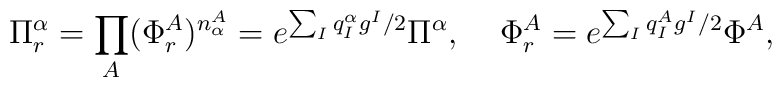
\Pi_r^\alpha = \prod_A(\Phi_r^A)^{n^A_\alpha} = e^{\sum_Iq^\alpha_Ig^I/2}\Pi^\alpha,\;\;\;\; \Phi_r^A = e^{\sum_Iq^A_Ig^I/2}\Phi^A,